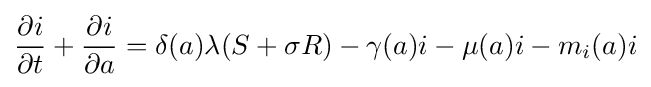
{\frac {\partial i}{\partial t}}+{\frac {\partial i}{\partial a}}=\delta (a)\lambda (S+\sigma R)-\gamma (a)i-\mu (a)i-m_{i}(a)i